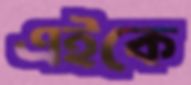
এইকে